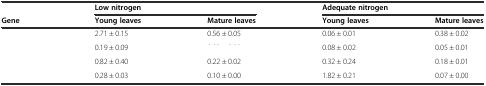
<table><thead><tr><td>[EMPTY_CELL]</td><td colspan="2"><b>Low nitrogen</b></td><td colspan="2"><b>Adequate nitrogen</b></td></tr><tr><td><b>Gene</b></td><td><b>Young leaves</b></td><td><b>Mature leaves</b></td><td><b>Young leaves</b></td><td><b>Mature leaves</b></td></tr></thead><tbody><tr><td>[EMPTY_CELL]</td><td>2.71 ± 0.15</td><td>0.56 ± 0.05</td><td>0.06 ± 0.01</td><td>0.38 ± 0.02</td></tr><tr><td>[EMPTY_CELL]</td><td>0.19 ± 0.09</td><td>[EMPTY_CELL]</td><td>0.08 ± 0.02</td><td>0.05 ± 0.01</td></tr><tr><td>[EMPTY_CELL]</td><td>0.82 ± 0.40</td><td>0.22 ± 0.02</td><td>0.32 ± 0.24</td><td>0.18 ± 0.01</td></tr><tr><td>[EMPTY_CELL]</td><td>0.28 ± 0.03</td><td>0.10 ± 0.00</td><td>1.82 ± 0.21</td><td>0.07 ± 0.00</td></tr></tbody></table>